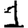
Digit: 1